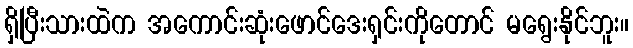
ရှိပြီးသားထဲက အကောင်းဆုံးဖောင်ဒေးရှင်းကိုတောင် မရွေးနိုင်ဘူး။